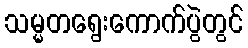
သမ္မတရွေးကောက်ပွဲတွင်